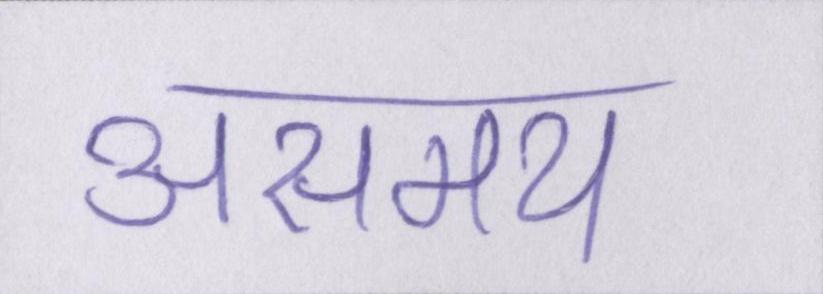
असमय